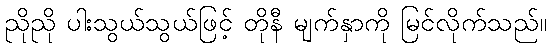
ညိုညို ပါးသွယ်သွယ်ဖြင့် တိုနီ မျက်နှာကို မြင်လိုက်သည်။